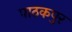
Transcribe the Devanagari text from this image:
पाठकपुर